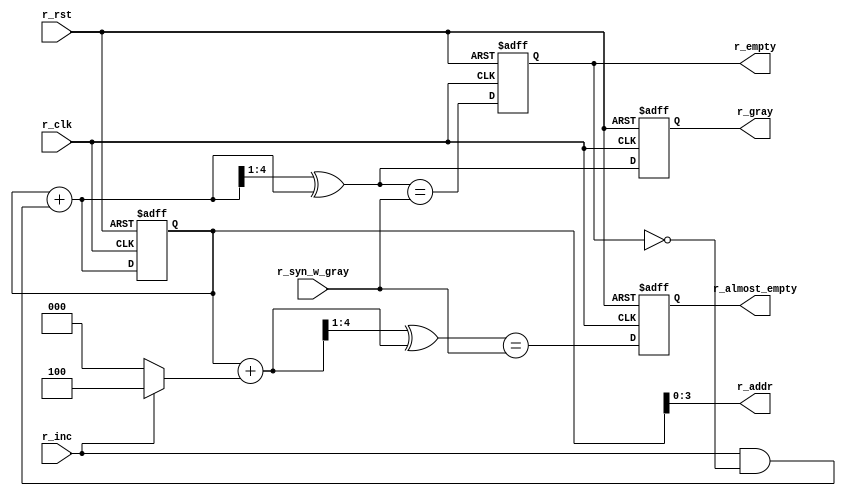
// Increment read address and check if FIFO is empty
module r_ptr_empty_mod #(

    // Parameters
    parameter   															ADDR_SIZE = 4,   // Number of bits for address
	 parameter																ALMOST_EMPTY_FLAG_POS = 4	 //decimal number up to 64

) (
    
    // Inputs
    input       					[ADDR_SIZE:0]   					r_syn_w_gray,   // Synced write Gray pointer
    input                       										r_inc,          // 1 to increment address
    input                       										r_clk,          // Read domain clock
    input                       										r_rst,          // Read domain reset

    // Outputs
    output      					[ADDR_SIZE-1:0] 					r_addr,         // Mem address to read from
    output  			reg 		[ADDR_SIZE:0]   					r_gray,         // Gray address with +1 MSb
    output  			reg                 							r_almost_empty,	 
    output  			reg                 							r_empty         // 1 if FIFO is empty
);
    
    // Internal signals
    wire    						[ADDR_SIZE:0]   					r_bin_next;     // Binary version of address
    wire    						[ADDR_SIZE:0]   					r_gray_next;    // Gray code version of address
    wire    						[ADDR_SIZE:0]   					r_bin_almost_next;     // Binary version of address
    wire    						[ADDR_SIZE:0]   					r_gray_almost_next;    // Gray code version of address
	 wire																		r_almost_empty_val;
    wire                    											r_empty_val;    // FIFO is empty
    
    // Internal storage elements
    reg     						[ADDR_SIZE:0]   					r_bin;          // Registered binary address

	 //changed to 512 max
    wire								[8:0]									r_increment;		 // distance check is maximum 32 elements


    
    assign r_addr = r_bin[ADDR_SIZE-1:0];
    
    //We generate the next pointer positions
	 
	 assign r_bin_next = r_bin + (r_inc & ~r_empty);
    
    assign r_gray_next = (r_bin_next >> 1) ^ r_bin_next;
	 
	 //We generate the next pointer position for the almost flag
	 
	 assign r_increment = (r_inc)? ALMOST_EMPTY_FLAG_POS : 0;
	 
	 assign r_bin_almost_next = r_bin + r_increment;	 

	 assign r_gray_almost_next = (r_bin_almost_next >> 1) ^ r_bin_almost_next;
    
    // If the synced write Gray code is equal to the current read Gray code,
    // then the pointers have caught up to each other and the FIFO is empty
    assign r_empty_val = (r_gray_next == r_syn_w_gray);
	 
	 assign r_almost_empty_val = (r_gray_almost_next == r_syn_w_gray);			
	 
//Example: 	16 step pointer
	 
	//  0000
	//	 0001
	//	 0011			<-read pointer
	//	 0010
	//	 0110
	//	 0111
	//	 0101
	//	 0100
	
	//	 1100
	//	 1101
	//	 1111
	//	 1110
	//	 1010
	//	 1011
	//	 1001
	//	 1000
	// 11000
	//	11001
	//	11011			<- write pointer looped (distance is 16)
	//	11010

	//the pointers are actually identical, they just flag their respective "end of party" signals differently. Getting distance data from them should not be different on write or read side.
	//Also, there is no positive or negative here, we just compare relative positions and do something if that relative position turns out to be a certain value
	  
    // Register the binary and Gray code pointers in the read clock domain
    always @ (posedge r_clk or posedge r_rst) begin
        if (r_rst == 1'b1) begin
            r_bin <= 0;
            r_gray <= 0;
        end else begin
            r_bin <= r_bin_next;
            r_gray <= r_gray_next;
        end
    end
    
    // Register the empty flag
    always @ (posedge r_clk or posedge r_rst) begin
        if (r_rst == 1'b1) begin
            r_empty <= 1'b1;
				r_almost_empty <= 1'b1;			
        end else begin
            r_empty <= r_empty_val;			
				r_almost_empty <= r_almost_empty_val;
        end
    end
    
endmodule